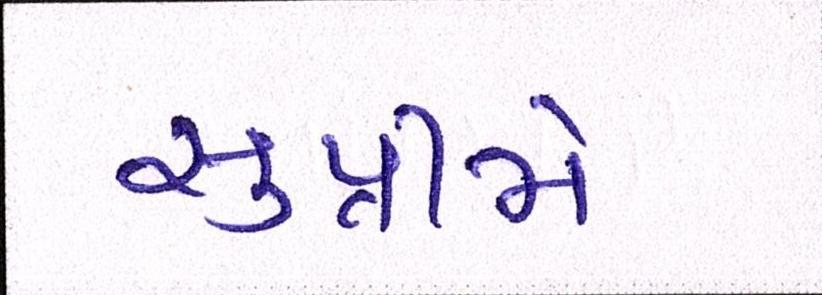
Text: સુપ્રીમે